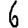
Digit: 6